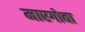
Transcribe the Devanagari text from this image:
मारगोवा